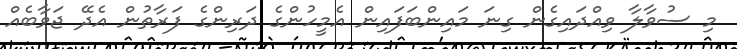
މި ސުވާލާ ވިއްދައިގެން ގިނަ މައިންބަފައިން އެމީހުންގެ ދަރިންގެ ފަރާތުން އެދޭ ޖަވާބެއް